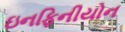
ઇનફિનીયોન